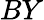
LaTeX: BY